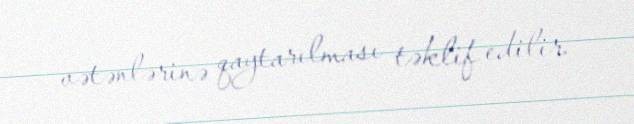
vətənlərinə qaytarılması təklif edilir.